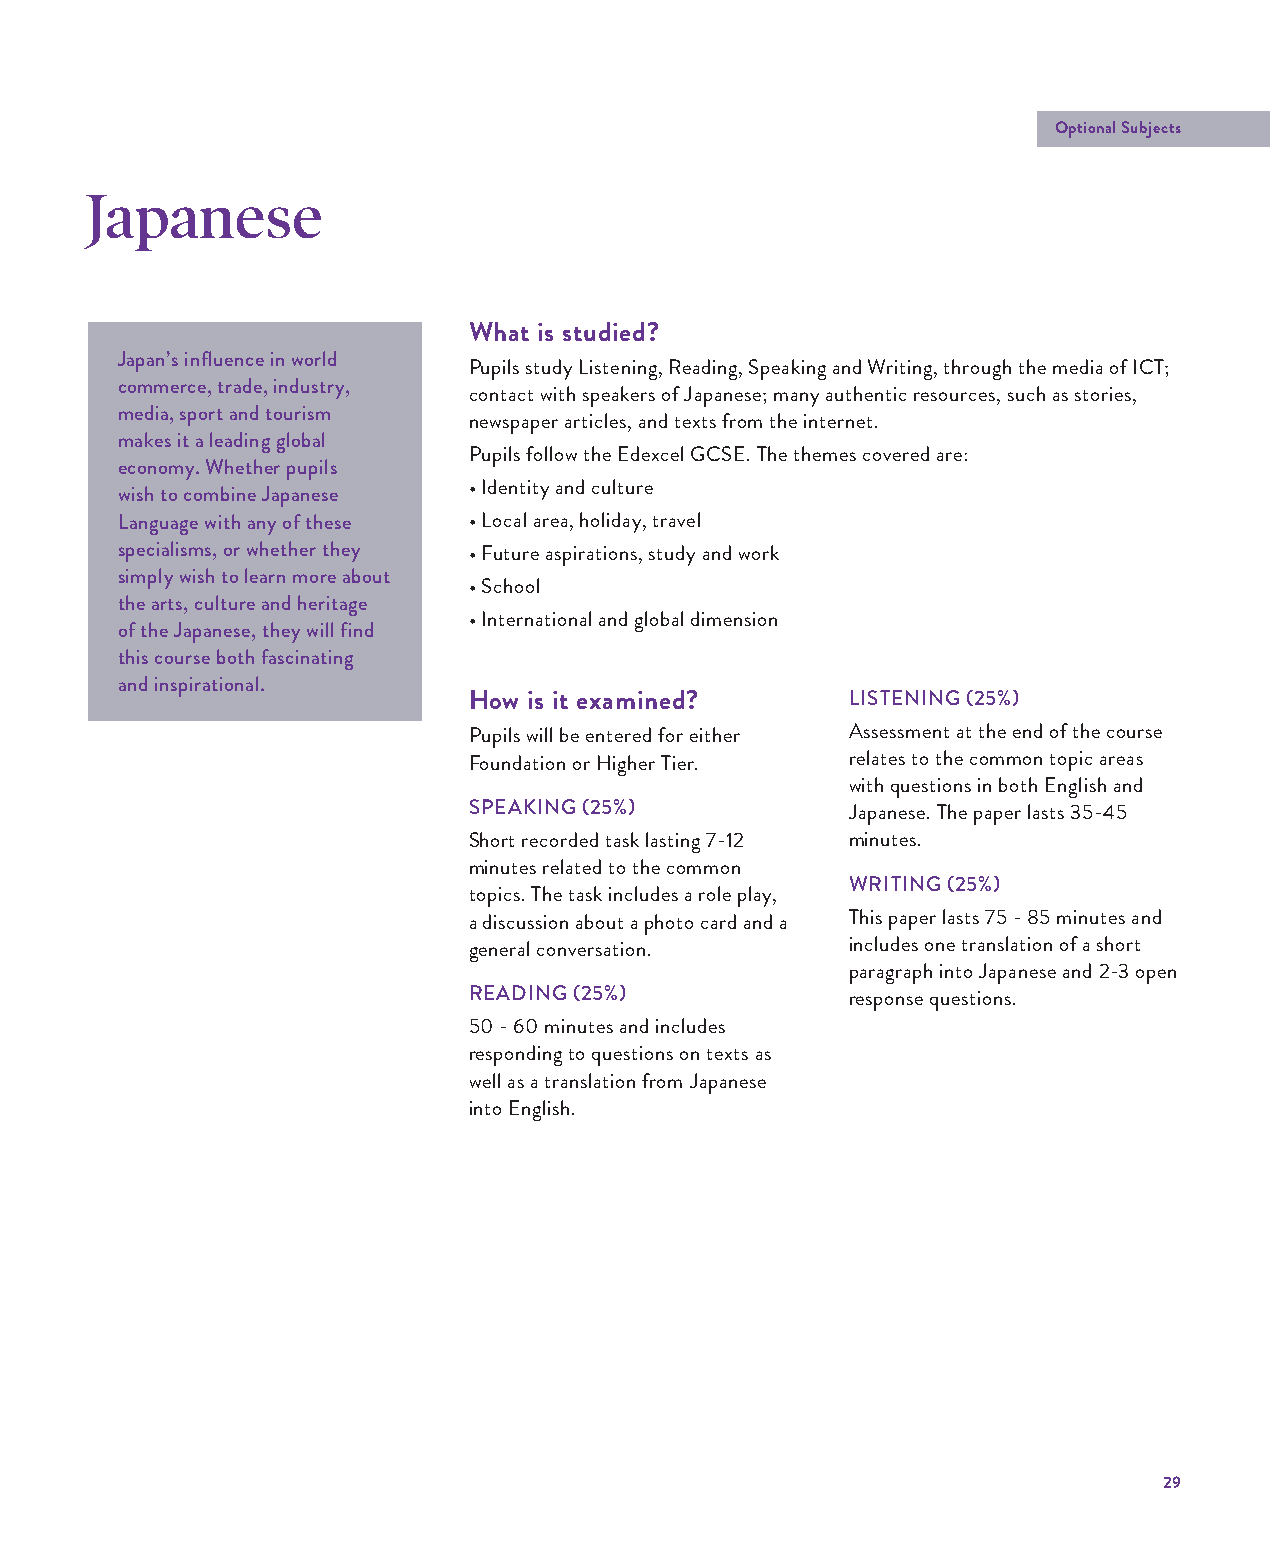
Optional Subjects
 Japanese
 What is studied?
 Japan’s influence in world
 Pupils study Listening, Reading, Speaking and Writing, through the media of ICT;
 commerce, trade, industry,
 contact with speakers of Japanese; many authentic resources, such as stories,
 media, sport and tourism
 newspaper articles, and texts from the internet.
 makes it a leading global
 Pupils follow the Edexcel GCSE. The themes covered are:
 economy. Whether pupils
 • Identity and culture
 wish to combine Japanese
 Language with any of these • Local area, holiday, travel
 specialisms, or whether they • Future aspirations, study and work
 simply wish to learn more about
 • School
 the arts, culture and heritage
 • International and global dimension
 of the Japanese, they will find
 this course both fascinating
 and inspirational.
 How is it examined?      LISTENING (25%)
 Pupils will be entered for either Assessment at the end of the course
 Foundation or Higher Tier. relates to the common topic areas
 with questions in both English and
 SPEAKING (25%)           Japanese. The paper lasts 35-45
 Short recorded task lasting 7-12 minutes.
 minutes related to the common
 WRITING (25%)
 topics. The task includes a role play,
 a discussion about a photo card and a This paper lasts 75 - 85 minutes and
 general conversation.    includes one translation of a short
 paragraph into Japanese and 2-3 open
 READING (25%)            response questions.
 50 - 60 minutes and includes
 responding to questions on texts as
 well as a translation from Japanese
 into English.
 29
 WWYYCC//006600 99--1111 FFoorrmm GGuuiiddee 22002222 AAWW..iinndddd 2299  1122//0088//22002211 1144::4499